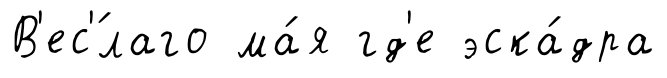
В'ес'́лаго ма́я гд'е эска́дра